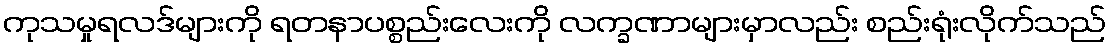
ကုသမှုရလဒ်များကို ရတနာပစ္စည်းလေးကို လက္ခဏာများမှာလည်း စည်းရုံးလိုက်သည်